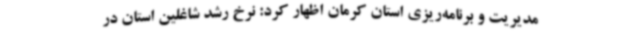
مدیریت و برنامه‌ریزی استان کرمان اظهار کرد: نرخ رشد شاغلین استان در